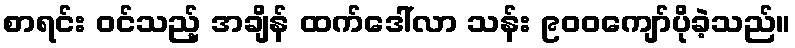
စာရင်း ဝင်သည့် အချိန် ထက်ဒေါ်လာ သန်း ၉၀၀ကျော်ပိုခဲ့သည်။